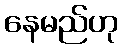
နေမည်ဟု